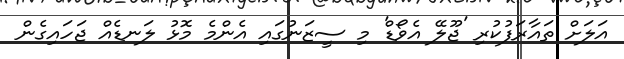
އަލަށް ތައާރަފުކުރި 'ޖޫލޭ އެވޯޑް' މި ސީޒަނުގައި އެންމެ މޮޅު ލަނޑެއް ޖަހައިގެން